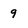
Character: 9